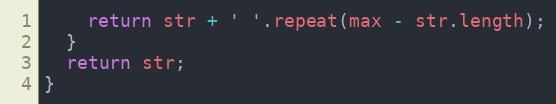
Language: JavaScript
    return str + ' '.repeat(max - str.length);
  }
  return str;
}